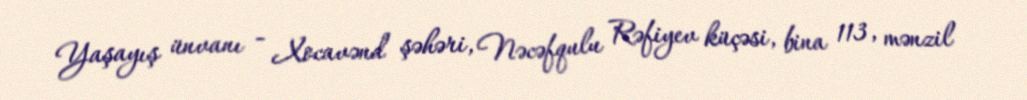
Yaşayış ünvanı - Xocavənd şəhəri, Nəcəfqulu Rəfiyev küçəsi, bina 113, mənzil